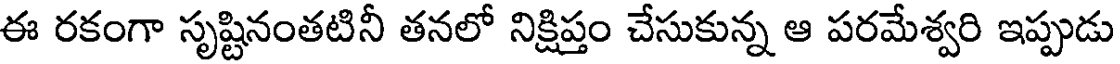
ఈ రకంగా సృష్టినంతటినీ తనలో నిక్షిప్తం చేసుకున్న ఆ పరమేశ్వరి ఇప్పుడు